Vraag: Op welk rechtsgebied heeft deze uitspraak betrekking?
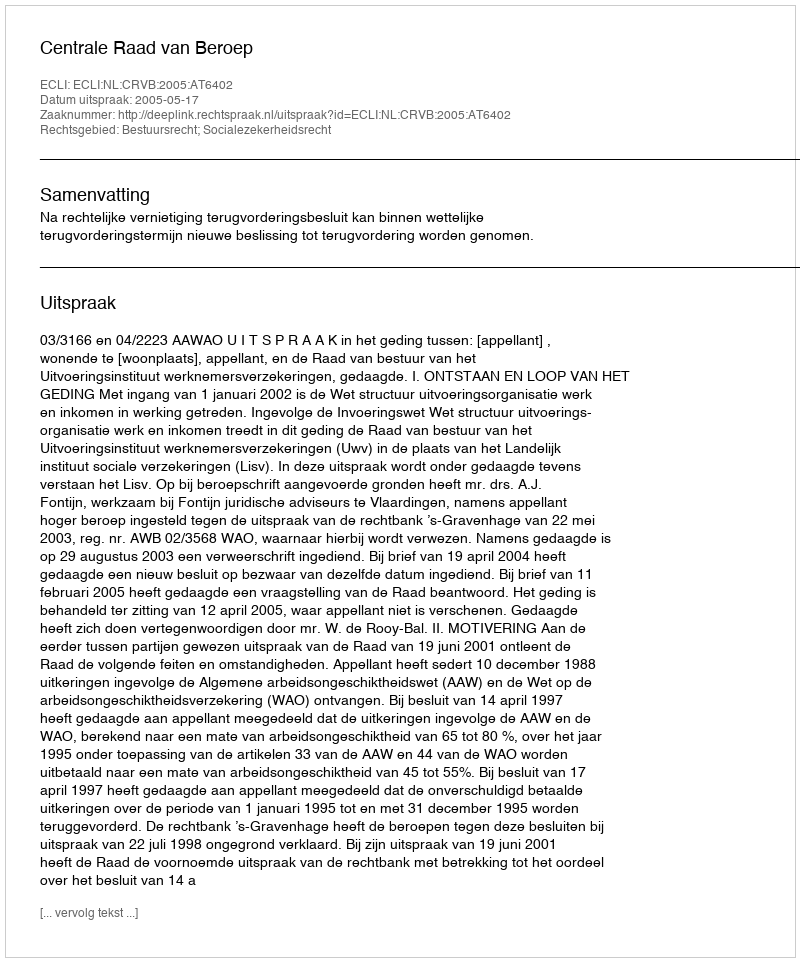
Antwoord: Bestuursrecht; Socialezekerheidsrecht